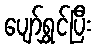
ပျော်ရွှင်ပြီး